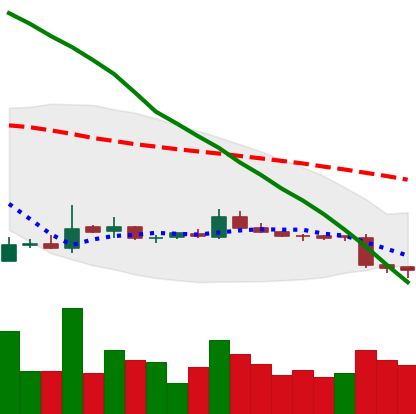
Ticker: ETC-USD
Chart end date: 2018-10-31
Forward return: 4.667%
Label: up_3_5